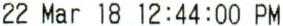
22 MAR 18 12:44:00 PM